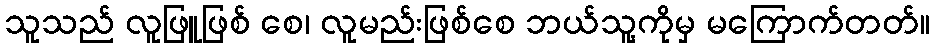
သူသည် လူဖြူဖြစ် စေ၊ လူမည်းဖြစ်စေ ဘယ်သူ့ကိုမှ မကြောက်တတ်။